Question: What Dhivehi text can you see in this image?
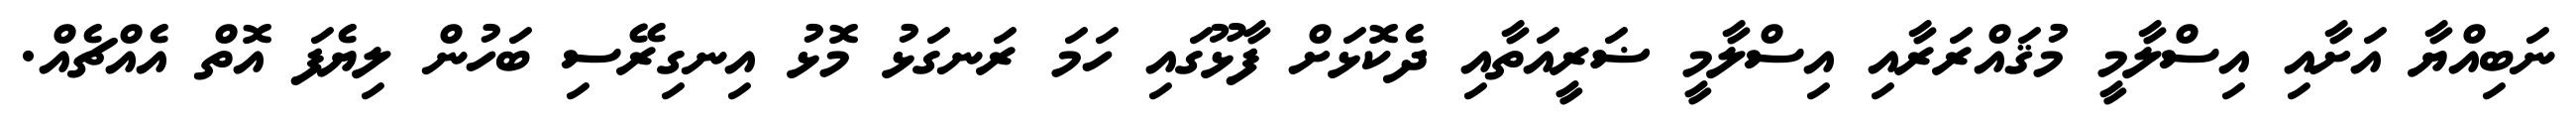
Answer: ނަބިއްޔާ އަށާއި އިސްލާމީ މުޤައްރަރާއި އިސްލާމީ ޟަރީއަތާއި ދެކޮޅަށް ފާޅޫގައި ހަމަ ރަނގަޅު މޮޅު އިނގިރޭސި ބަހުން ލިޔެފަ އޮތް އެއްޗެއް.